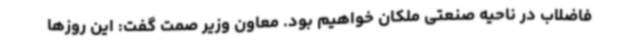
فاضلاب در ناحیه صنعتی ملکان خواهیم بود. معاون وزیر صمت گفت: این روزها